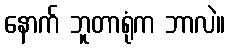
နောက် ဘူတာရုံက ဘာလဲ။